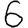
Digit: 6